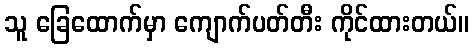
သူ ခြေထောက်မှာ ကျောက်ပတ်တီး ကိုင်ထားတယ်။